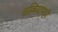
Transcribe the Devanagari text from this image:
वल्लियापट्टी